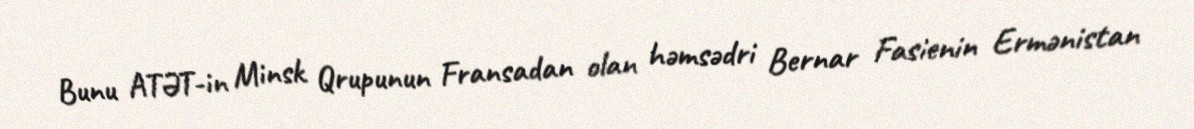
Bunu ATƏT-in Minsk Qrupunun Fransadan olan həmsədri Bernar Fasienin Ermənistan